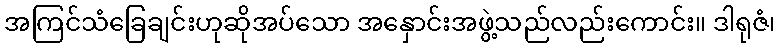
အကြင်သံခြေချင်းဟုဆိုအပ်သော အနှောင်းအဖွဲ့သည်လည်းကောင်း။ ဒါရုဇံ၊